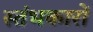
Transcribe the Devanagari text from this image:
स्‍तंभकारों